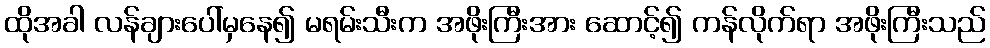
ထိုအခါ လန်ချားပေါ်မှနေ၍ မရမ်းသီးက အဖိုးကြီးအား ဆောင့်၍ ကန်လိုက်ရာ အဖိုးကြီးသည်